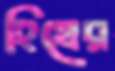
হিথের